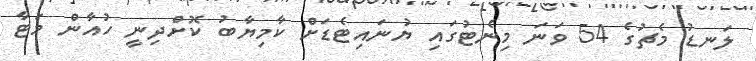
ލަނޑު މެޗުގެ 54 ވަނަ މިނެޓުގައި ޔުނައިޓެޑަށް ކާމިޔާބު ކޮށްދިނީ ހުއާން މަޓާ